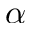
\alpha